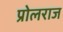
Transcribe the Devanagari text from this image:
प्रोलराज